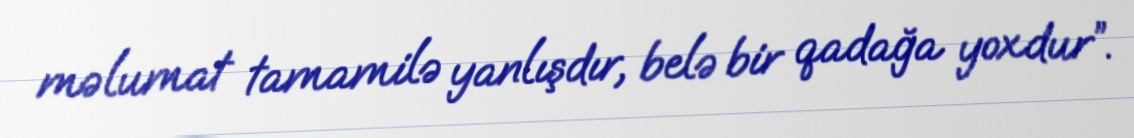
məlumat tamamilə yanlışdır, belə bir qadağa yoxdur”.